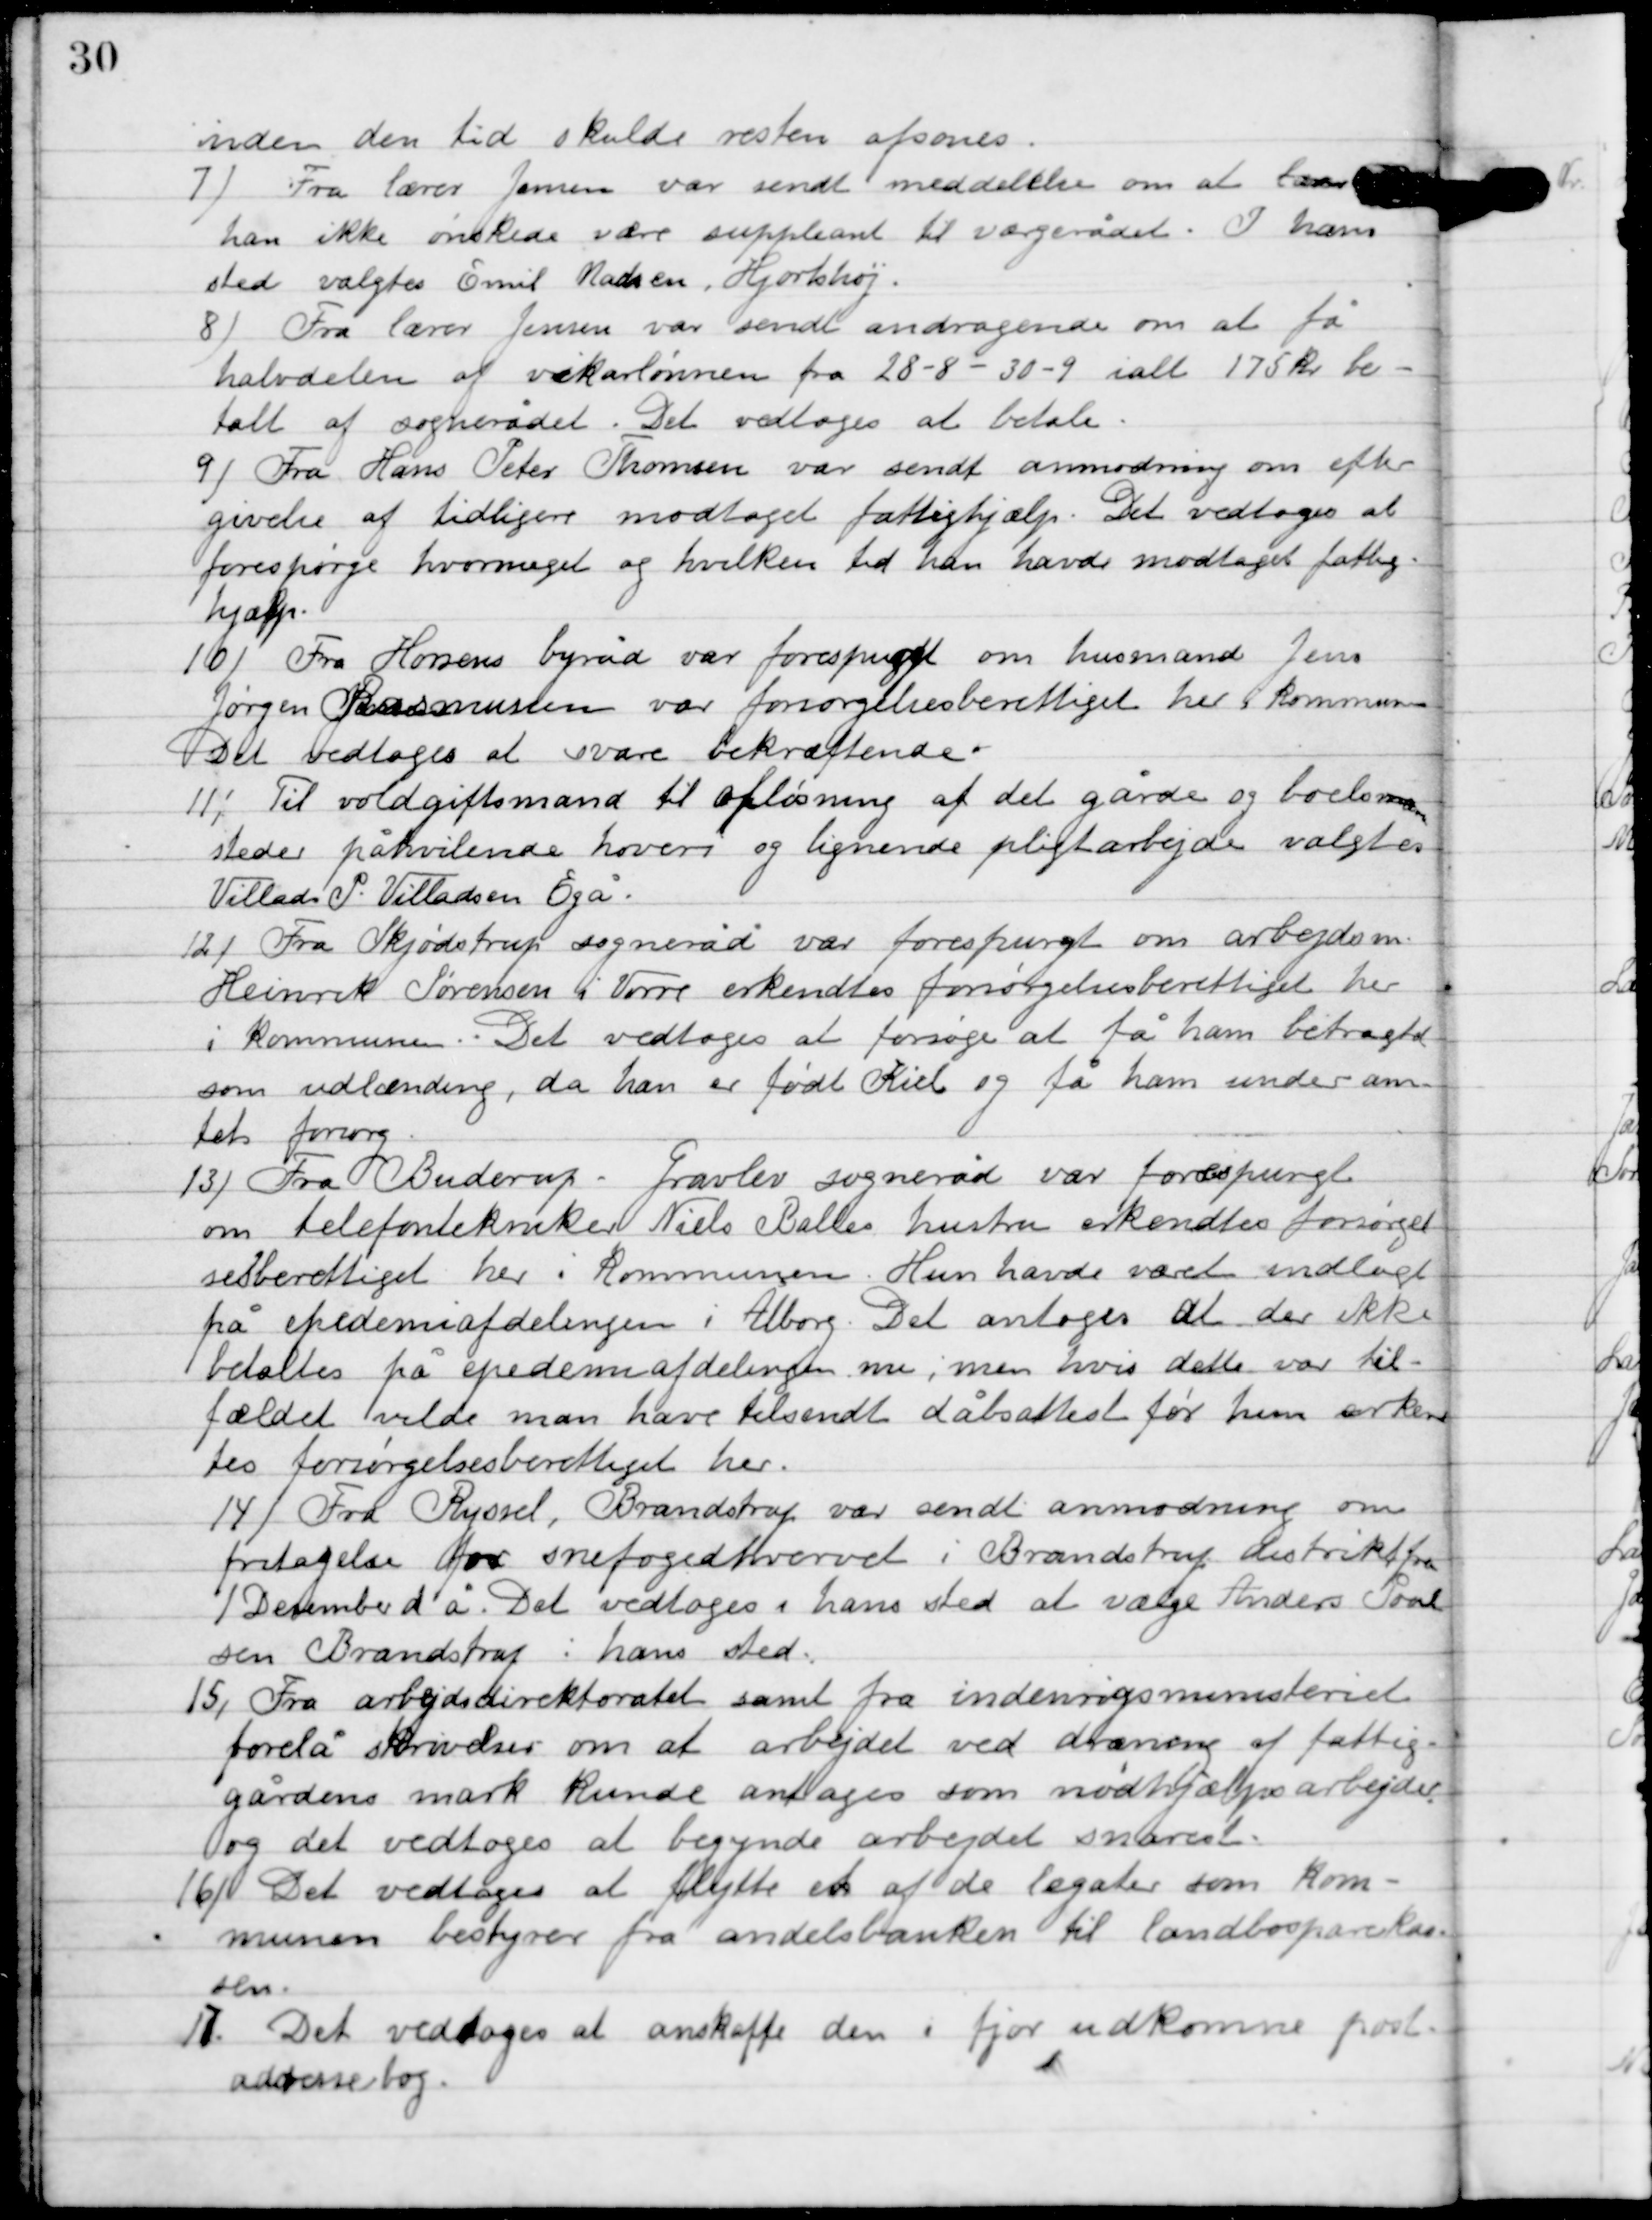
Transskription:
inden den tid skulde resten afsones.

7

Fra lærer Jensen var sendt meddelelse om at lærer
han ikke ønskede være suppleant til værgerådet. I hans 
sted valgtes Emil Madsen,Hjortshøj.

8

Fra lærer Jensen var sendt andragende om at få
halvdelen af vikarlønnen fra 28/8-30/9 i alt 175 kr. be-
talt af sognerådet. Det vedtoges at betale.

9

Fra Hans Peter Thomsen var sendt anmodning om efter-
givelse af tidligere modtaget fattighjælp. Det vedtoges at
forespørge hvor meget og hvilken tid han havde modtaget fattig-
hjælp.

10

Fra Horsens byråd var forespurgt om husmand Jens
Jørgensen Rasmussen var forøgelsesberettiget her i kommunen.
Det vedtoges at svare bekræftende.

11

Til voldgiftsmand til afløsning af det gårde og boelsmands-
steder påhvilende hoveri og lignende pligtarbejde valgtes
Villads P. Villadsen Egå.

12

Fra Skjødstrup sogneråd var forespurgt om arbejdsm.
Henrik Sørensen i Vorre erkendtes forøgelsesberettiget her
i kommunen. Det vedtoges at forsøge at få han betragtet
som udlænding, da an er født Kiel og få ham under am-
tets forsorg.

13

Fra Buderup - Gravlev sogneråd var forespurgt
om telefontekniker Niels Ballers hustru erkendtes forsørgel-
sesberettiget her i kommunen. Hun havde været indlagt
på epidemiafdelingen i Ålborg. Det antoges at der ikke
betaltes på epidemiafdelingen nu, men hvis dette var til-
fældet vilde man have tilsendt dåbsattest før hun erken-
tes forøgelsesberettiget her.

14

Fra Ryssel, Brandstrup var sendt anmodning om
fritagelse for snefogedhvervet i Brandstrup distrikt fra
1. December d. å. Det vedtoges i hans sted at vælge Anders Poul-
sen Brandstrup i hans sted.

15

Fra arbejdsdirektoratet samt fra indenrigsministeriet
forelå skrivelser om at arbejdet ved dræning af fattig-
gårdens mark kunde antages som nødhjælpsarbejde
og det vedtoges at begynde arbejdet snarest.

16

Det vedtoges at flytte et af de legater som Kom-
munen bestyrer fra andelsbanken til landbosparekas-
sen.

17

Det vedtoges at anskaffe den i fjord udkomne post-
adressebog.